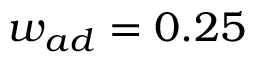
w _ { a d } = 0 . 2 5